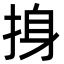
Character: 㧶